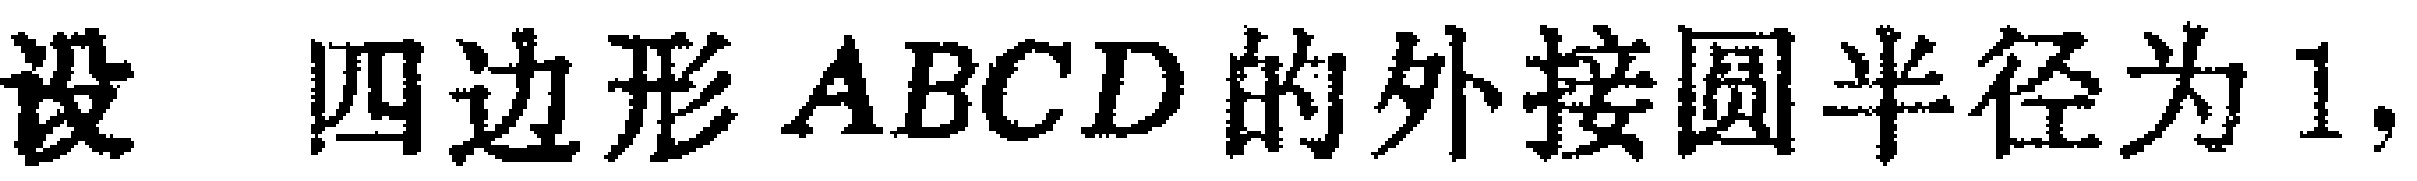
设 四边形 \(ABCD\) 的外接圆半径为 \(1\)，